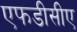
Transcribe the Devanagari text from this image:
एफडीसीए